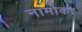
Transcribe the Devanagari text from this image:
नामोका